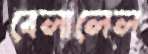
বেলালেল